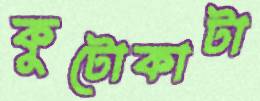
কুটোকাটা